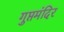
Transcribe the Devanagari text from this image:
गुप्तमंदिर